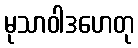
မုသာဝါဒဟေတု